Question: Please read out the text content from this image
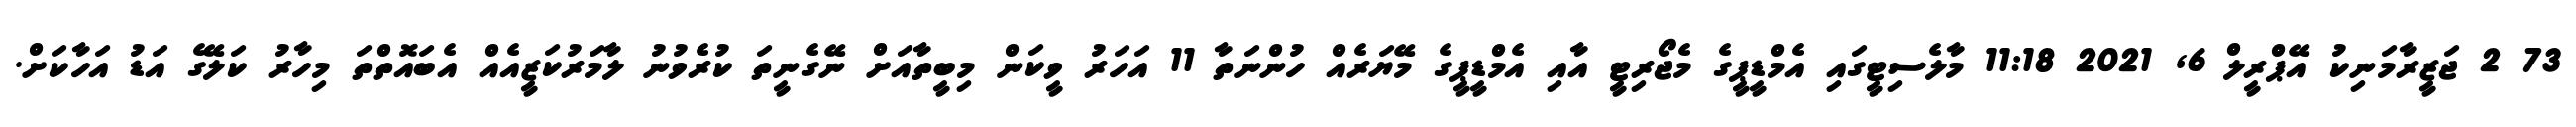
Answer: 73 2 ޖަޒީރާމަނިކު އޭޕްރީލް 6, 2021 11:18 މާލެސިޓީގައި އެމްޑީޕީގެ މެޖޯރިޓީ އާއި އެމްޑީޕީގެ މޭޔަރެއް ހުންނަތާ 11 އަހަރު ވީކަން މިބީތާއަށް ނޭގެނީތަ ކުރެވުނު ލާމަރުކަޒީއެއް އެބައޮތްތަ މިހާރު ކަލޭގެ އަޑު އަހާކަށް.